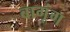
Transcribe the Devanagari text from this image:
बागूंग